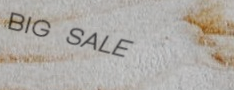
BIG SALE